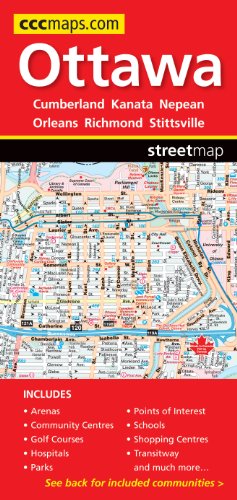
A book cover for Ottawa Gatineau Fast Track; cccmaps.com; Travel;